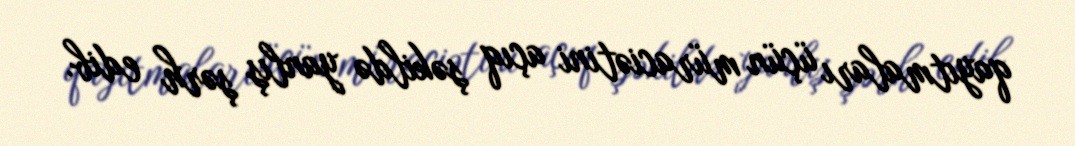
qayıtmaları üçün müraciətini açıq şəkildə yanlış şərh edib.